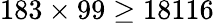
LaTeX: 183\times 99\geq 18116